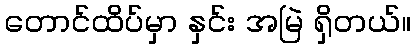
တောင်ထိပ်မှာ နှင်း အမြဲ ရှိတယ်။